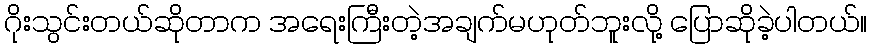
ဂိုးသွင်းတယ်ဆိုတာက အရေးကြီးတဲ့အချက်မဟုတ်ဘူးလို့ ပြောဆိုခဲ့ပါတယ်။